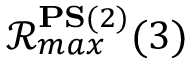
\mathcal { R } _ { m a x } ^ { \mathbf { P S } ( 2 ) } ( 3 )